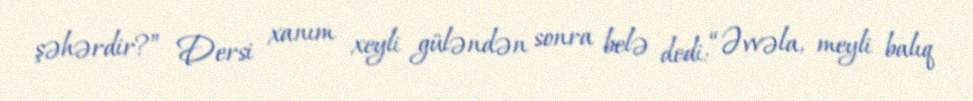
şəhərdir?” Dersi xanım xeyli güləndən sonra belə dedi: “Əvvəla, meyli balıq